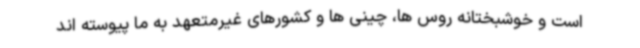
است و خوشبختانه روس ها، چینی ها و کشورهای غیرمتعهد به ما پیوسته اند